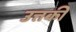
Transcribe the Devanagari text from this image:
उत्तकी